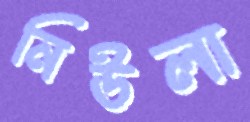
নিউলা